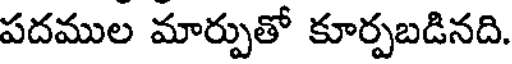
పదముల మార్పుతో కూర్పబడినది.